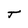
Character: J